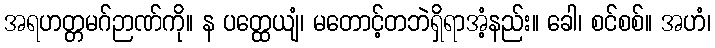
အရဟတ္တမဂ်ဉာဏ်ကို။ န ပတ္ထေယျံ၊ မတောင့်တဘဲရှိရာအံ့နည်း။ ခေါ၊ စင်စစ်။ အဟံ၊